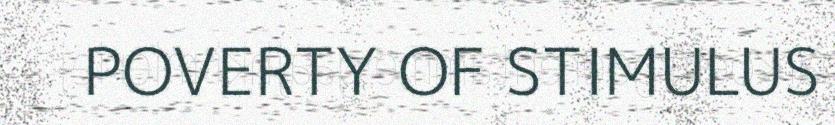
POVERTY OF STIMULUS